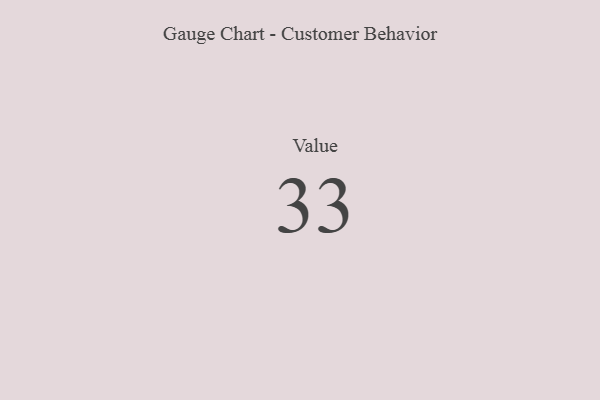
{"axis": {"x": "Metric", "y": "Value"}, "legend": [""], "data": [{"x": "Value", "y": 33, "type": ""}]}